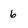
Character: 6